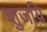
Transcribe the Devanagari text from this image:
शुजयि